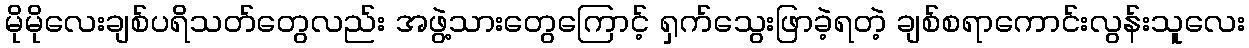
မိုမိုလေးချစ်ပရိသတ်တွေလည်း အဖွဲ့သားတွေကြောင့် ရှက်သွေးဖြာခဲ့ရတဲ့ ချစ်စရာကောင်းလွန်းသူလေး